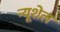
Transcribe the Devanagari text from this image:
न्यूशेल